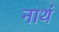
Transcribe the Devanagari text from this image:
नाथं